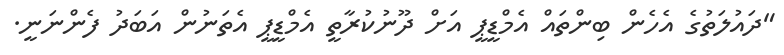
"ދައުލަތުގެ އެހެން ބިންތައް އެމްޑީޕީ އަށް ދޫނުކުރާތީ އެމްޑީޕީ އެތަނުން އަބަދު ފެންނަނީ.